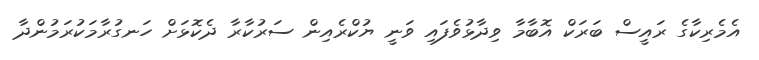
އެމެރިކާގެ ރައީސް ބަރަކް އޮބާމާ ވިދާޅުވެފައި ވަނީ ޔުކްރެއިން ސަރުކާރާ ދެކޮޅަށް ހަނގުރާމަކުރަމުންދާ